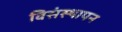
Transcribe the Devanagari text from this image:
विसंस्थापन